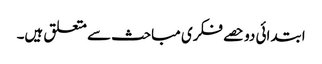
ابتدائی دو حصے فکری مباحث سے متعلق ہیں۔